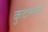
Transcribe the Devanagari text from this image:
कुदलता